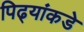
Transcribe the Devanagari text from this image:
पिढ्यांकडे